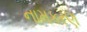
નામકરણ